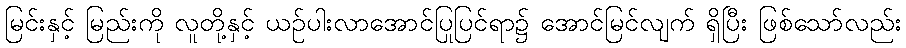
မြင်းနှင့် မြည်းကို လူတို့နှင့် ယဉ်ပါးလာအောင်ပြုပြင်ရာ၌ အောင်မြင်လျက် ရှိပြီး ဖြစ်သော်လည်း